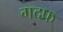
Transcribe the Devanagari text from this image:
गदफ